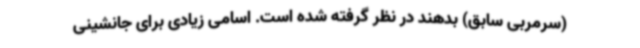
(سرمربی سابق) بدهند در نظر گرفته شده است. اسامی زیادی برای جانشینی